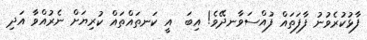
ފާޅުކުރެވުނު ފާފަތައް ފުއްސަވާނދޭވެ! އިބަ  އީ ކަނތައްތައް ކުރިޔަށް ނެރުއްވާ އަދި